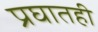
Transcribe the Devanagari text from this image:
प्रघातही